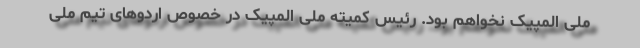
ملی المپیک نخواهم بود. رئیس کمیته ملی المپیک در خصوص اردوهای تیم ملی